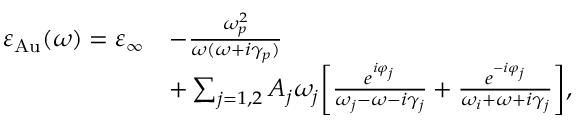
\begin{array} { r l } { \varepsilon _ { \mathrm { A u } } ( \omega ) = \varepsilon _ { \infty } } & { - \frac { \omega _ { p } ^ { 2 } } { \omega ( \omega + i \gamma _ { p } ) } } \\ & { + \sum _ { j = 1 , 2 } A _ { j } \omega _ { j } \biggl [ \frac { e ^ { i \varphi _ { j } } } { \omega _ { j } - \omega - i \gamma _ { j } } + \frac { e ^ { - i \varphi _ { j } } } { \omega _ { i } + \omega + i \gamma _ { j } } \biggr ] , } \end{array}